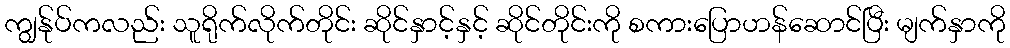
ကျွန်ုပ်ကလည်း သူရိုက်လိုက်တိုင်း ဆိုင်နှာင့်နှင့် ဆိုင်တိုင်းကို စကားပြောဟန်ဆောင်ပြီး မျက်နှာကို